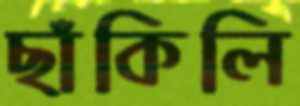
ছাঁকিলি